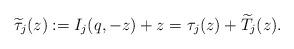
LaTeX: \begin{align*}\widetilde{\tau}_j(z):=I_j(q,-z)+z=\tau_j(z)+\widetilde{T}_j(z).\end{align*}